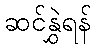
ဆင်နွှဲရန်